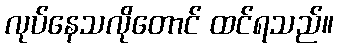
လုပ်နေသလိုတောင် ထင်ရသည်။